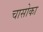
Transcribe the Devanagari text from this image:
चासोका